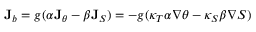
{ \bf J } _ { b } = g ( \alpha { \bf J } _ { \theta } - \beta { \bf J } _ { S } ) = - g ( \kappa _ { T } \alpha \nabla \theta - \kappa _ { S } \beta \nabla S )